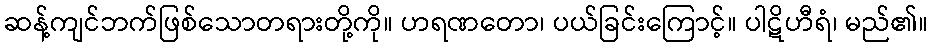
ဆန့်ကျင်ဘက်ဖြစ်သောတရားတို့ကို။ ဟရဏတော၊ ပယ်ခြင်းကြောင့်။ ပါဋိဟီရံ၊ မည်၏။